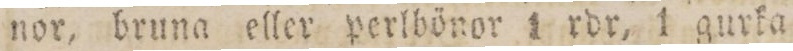
nor, bruna eller perlbönor 1 rdr, 1 gurka